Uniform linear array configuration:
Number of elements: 48
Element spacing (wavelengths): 0.5
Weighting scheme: binomial
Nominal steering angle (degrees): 15
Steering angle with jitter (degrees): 15.239
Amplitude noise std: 0.05
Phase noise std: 0.05

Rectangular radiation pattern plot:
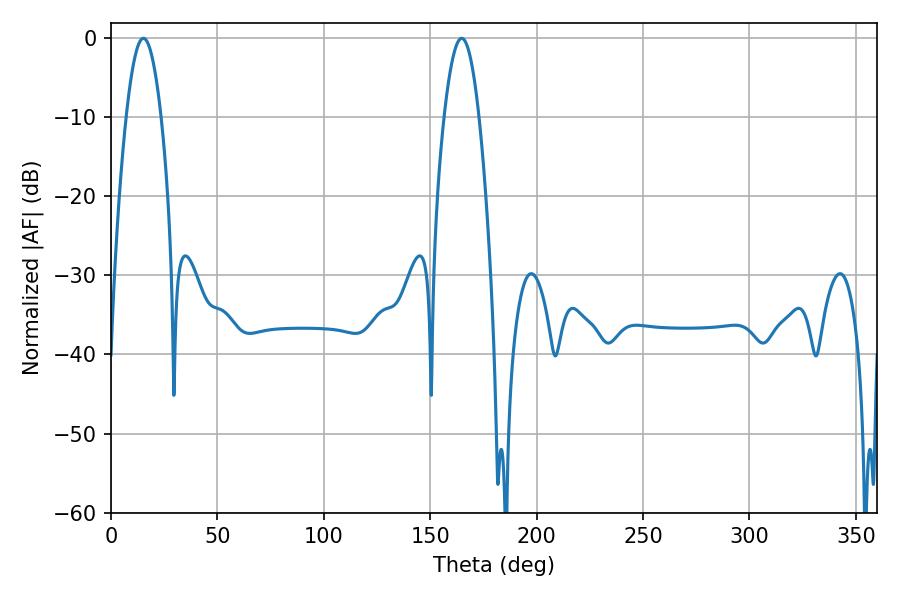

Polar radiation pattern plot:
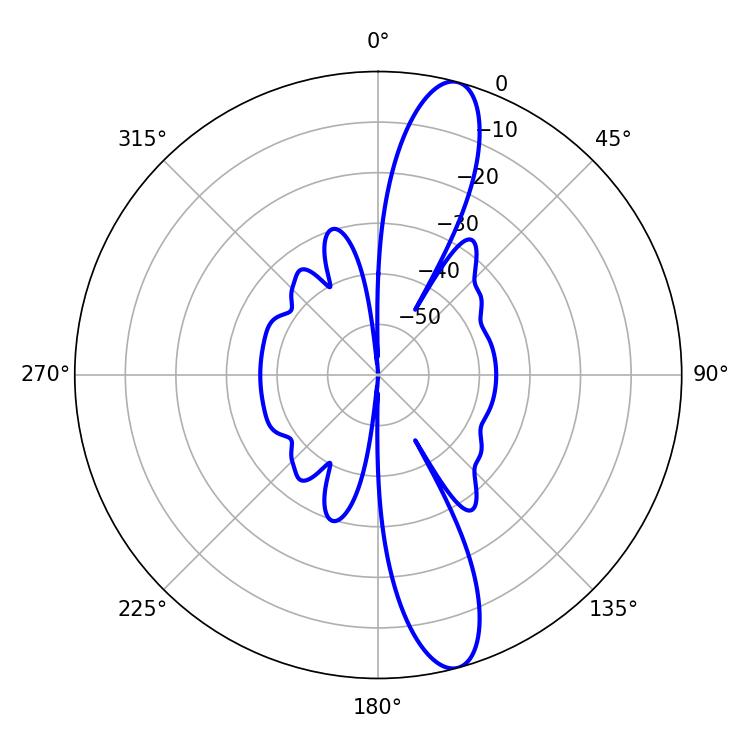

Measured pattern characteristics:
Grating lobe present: FALSE
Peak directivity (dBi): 13.537
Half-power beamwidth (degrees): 9
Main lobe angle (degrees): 15.3